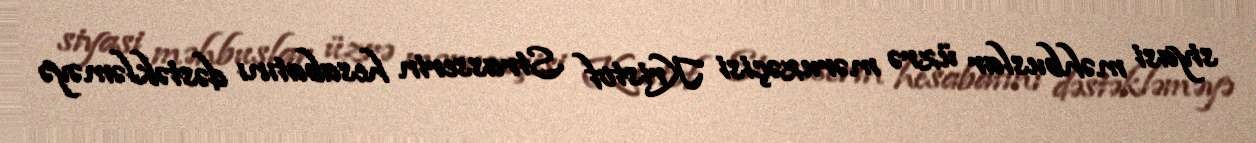
siyasi məhbuslar üzrə məruzəçisi Kristof Strasserin hesabatını dəstəkləməyə